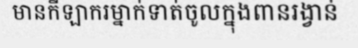
មានកីឡាករម្នាក់ទាត់ចូលក្នុងពានរង្វាន់